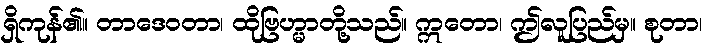
ရှိကုန်၏။ တာဒေဝတာ၊ ထိုဗြဟ္မာတို့သည်။ ဣတော၊ ဤလူပြည်မှ။ စုတာ၊